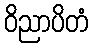
ဝိညာပိတံ